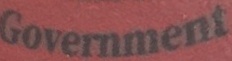
Government